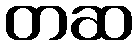
တဆ